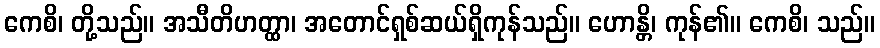
ကေစိ၊ တို့သည်။ အသီတိဟတ္ထာ၊ အတောင်ရှစ်ဆယ်ရှိကုန်သည်။ ဟောန္တိ၊ ကုန်၏။ ကေစိ၊ သည်။